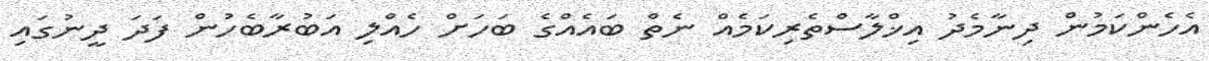
އެހެންކަމުން ދިނާމެދު އިޚްލާސްތެރިކަމެއް ނެތް ބައެއްގެ ބަހަށް ހެއްލި އަބުރާބެހުން ފަދަ ދީނުގައި